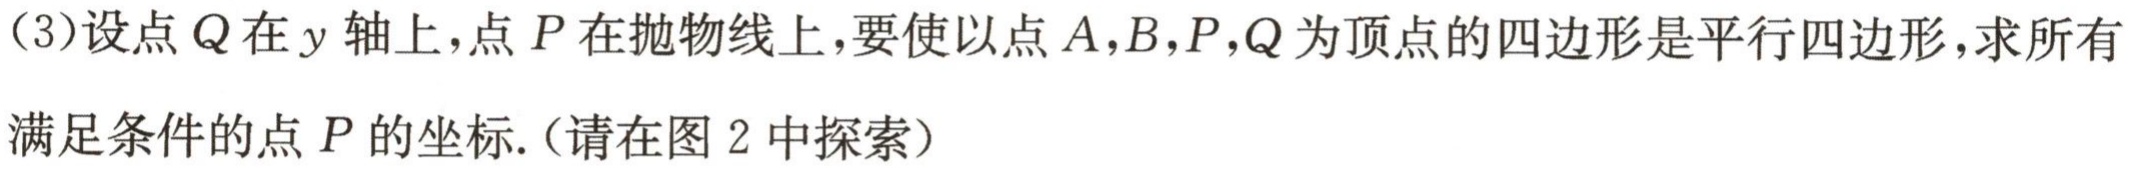
（3）设点\(Q\)在\(y\)轴上，点\(P\)在抛物线上，要使以点\(A,B,P,Q\)为顶点的四边形是平行四边形，求所有满足条件的点\(P\)的坐标.（请在图 2 中探索）